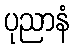
ပုညာနံ